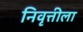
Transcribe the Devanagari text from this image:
निवृत्तीला